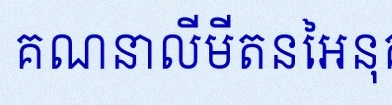
គណនាលីមីតនៃអនុគមន៍ខាងក្រោម